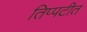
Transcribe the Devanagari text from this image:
तिप्पटीत